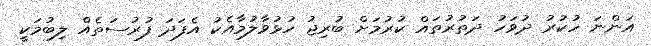
އަންނަ ހުކުރު ދުވަހު ދަތުރުތައް ކުރުމަށް ބުރިޖު ހުޅުވާލުމާއެކު އެފަދަ ފުރުސަތެއް ލިބުމަކީ